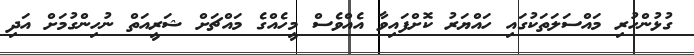
ގުޅުންހުރި މައްސަލަތަކުގައި ހައްޔަރު ކޮށްފައިވާ އެއްވެސް މީހެއްގެ މައްޗަށް ޝަރީއަތް ނުހިންގުމަށް އަދި